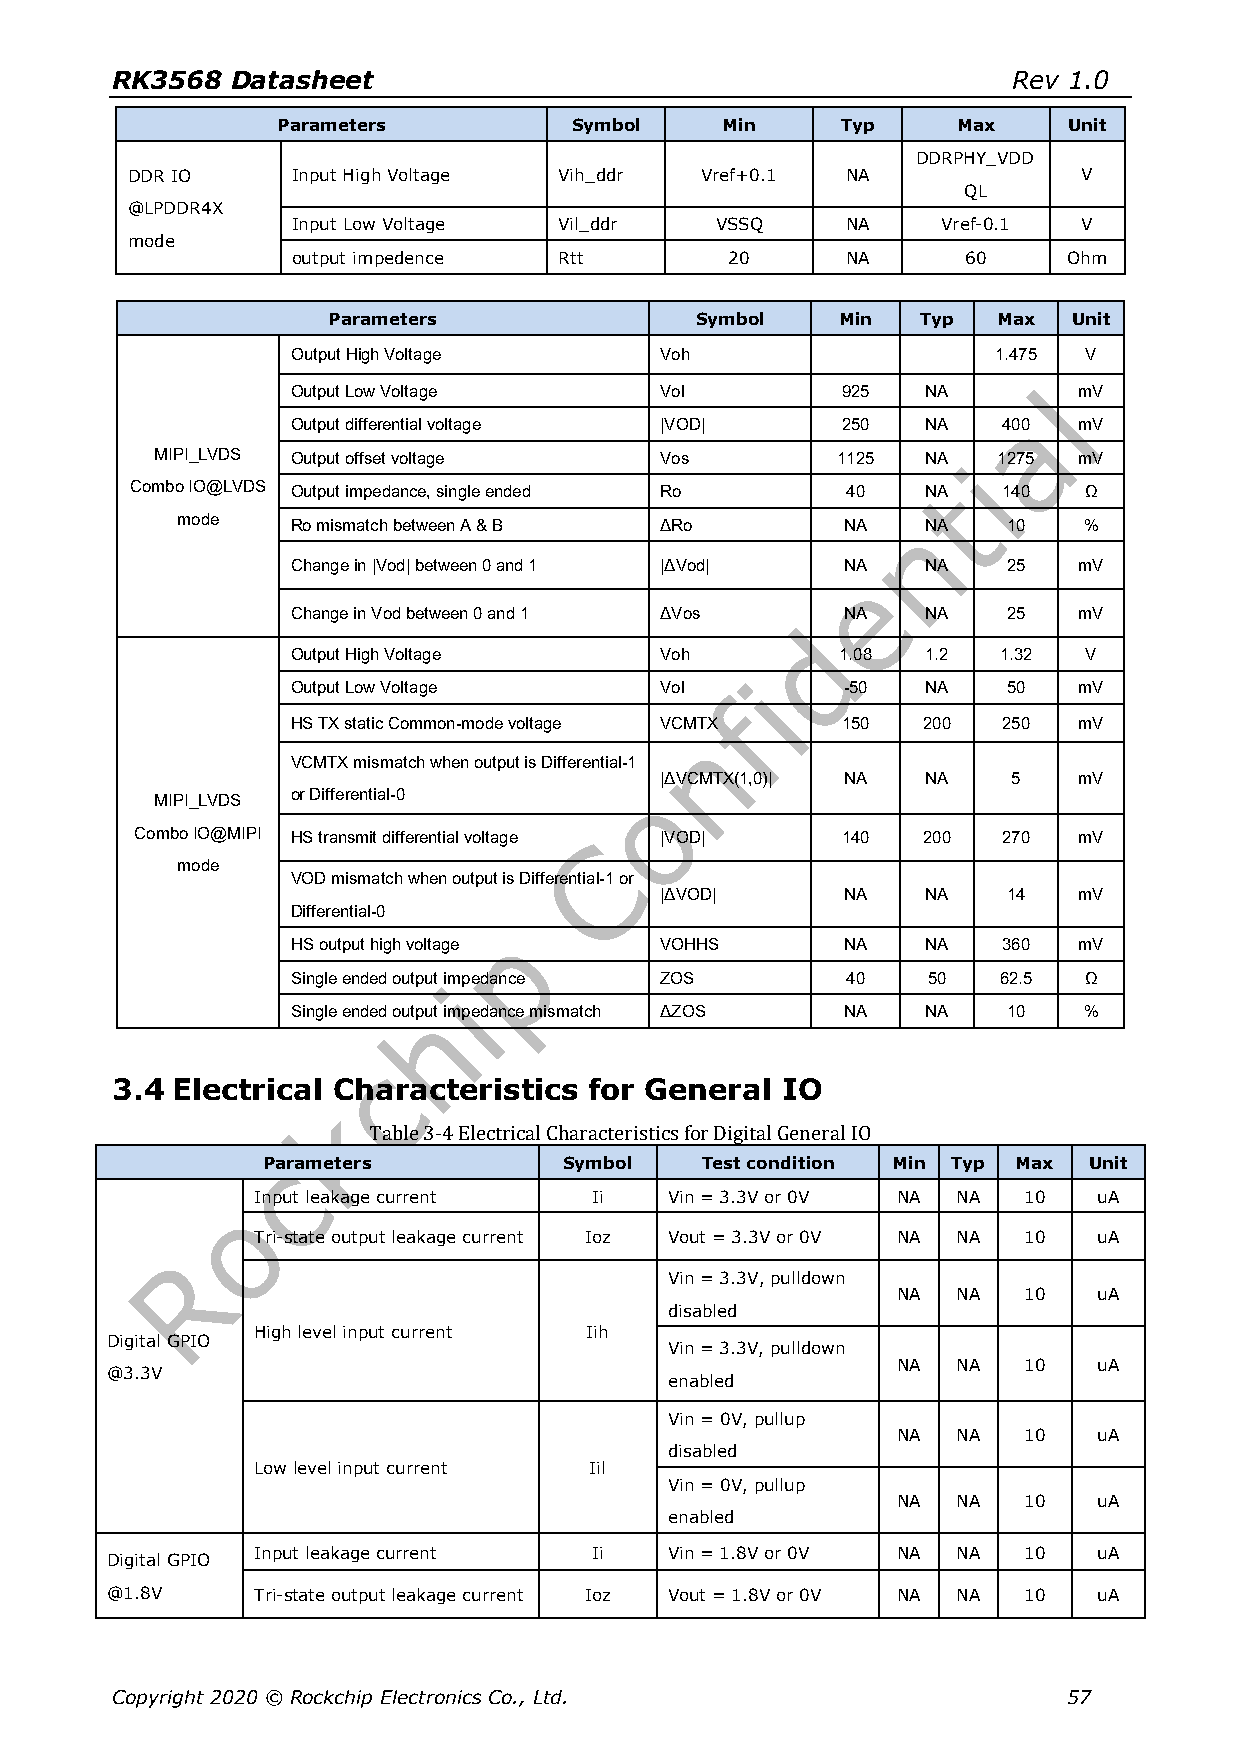
RK3568  Datasheet                                           Rev 1.0
 Parameters          Symbol    Min     Typ    Max     Unit
 DDRPHY_VDD
 DDR IO     Input High Voltage Vih_ddr Vref+0.1  NA              V
 QL
 @LPDDR4X
 Input Low Voltage Vil_ddr   VSSQ     NA    Vref-0.1  V
 mode
 output impedence  Rtt        20      NA      60     Ohm
 Parameters              Symbol    Min  Typ  Max  Unit
 Output High Voltage      Voh                   1.475 V
 Output Low Voltage       Vol         925  NA        mV
 Output differential voltage |VOD|    250  NA   400  mV
 MIPI_LVDS Output offset voltage   Vos        1125  NA   1275 mV
 Combo IO@LVDS Output impedance, single ended Ro 40  NA   140   Ω
 mode   Ro mismatch between A & B ΔRo        NA   NA    10   %
 Change in |Vod| between 0 and 1 |ΔVod| NA NA    25  mV
 Change in Vod between 0 and 1 ΔVos   NA   NA    25  mV
 Output High Voltage      Voh         1.08 1.2  1.32  V
 Output Low Voltage       Vol         -50  NA    50  mV
 HS TX static Common-mode voltage VCMTX 150 200 250  mV
 VCMTX mismatch when output is Differential-1
 |ΔVCMTX(1,0)| NA NA    5   mV
 MIPI_LVDS or Differential-0
 Combo IO@MIPI HS transmit differential voltage |VOD| 140 200 270 mV
 mode
 VOD mismatch when output is Differential-1 or
 |ΔVOD|      NA   NA    14  mV
 Differential-0
 HS output high voltage   VOHHS       NA   NA   360  mV
 Single ended output impedance ZOS    40   50   62.5  Ω
 Single ended output impedance mismatch ΔZOS NA NA 10 %
 3.4 Electrical Characteristics  for General  IO
 Table 3-4 Electrical Characteristics for Digital General IO
 Parameters          Symbol   Test condition Min Typ Max Unit
 Input leakage current Ii   Vin = 3.3V or 0V NA NA  10   uA
 Tri-state output leakage current Ioz Vout = 3.3V or 0V NA NA 10 uA
 Vin = 3.3V, pulldown
 NA  NA   10   uA
 disabled
 High level input current Iih
 Digital GPIO
 Vin = 3.3V, pulldown
 NA  NA   10   uA
 @3.3V
 enabled
 Vin = 0V, pullup
 NA  NA   10   uA
 disabled
 Low level input current Iil
 Vin = 0V, pullup
 NA  NA   10   uA
 enabled
 Input leakage current Ii   Vin = 1.8V or 0V NA NA  10   uA
 Digital GPIO
 @1.8V     Tri-state output leakage current Ioz Vout = 1.8V or 0V NA NA 10 uA
 Copyright 2020 © Rockchip Electronics Co., Ltd.                 57